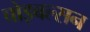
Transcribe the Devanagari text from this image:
चोइबल्सन